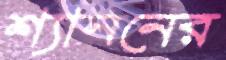
শ্যাননের